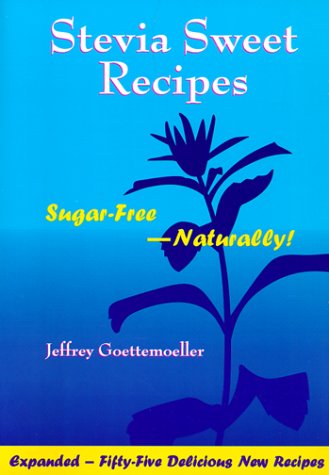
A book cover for Stevia Sweet Recipes: Sugar-Free-Naturally; Jeffrey Goettemoeller; Cookbooks, Food & Wine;